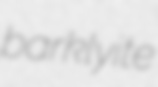
barklyite